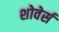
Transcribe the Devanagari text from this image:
शोवेर्स